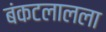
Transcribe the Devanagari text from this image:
बंकटलालला